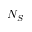
N _ { S }